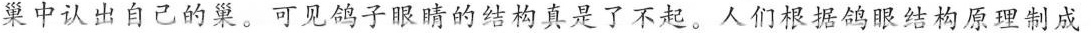
巢中认出自己的巢。可见鸽子眼睛的结构真是了不起。人们根据鸽眼结构原型制成